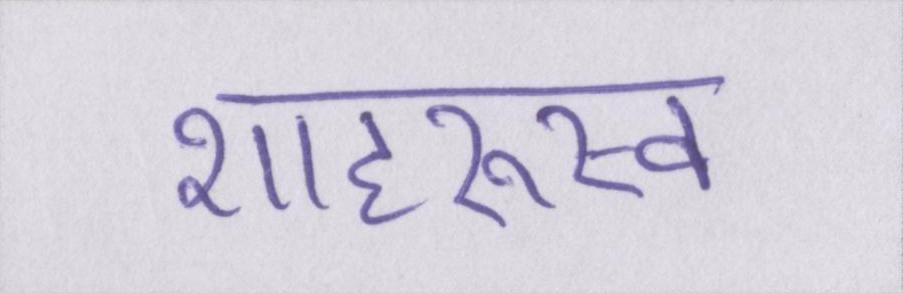
शाहरुख